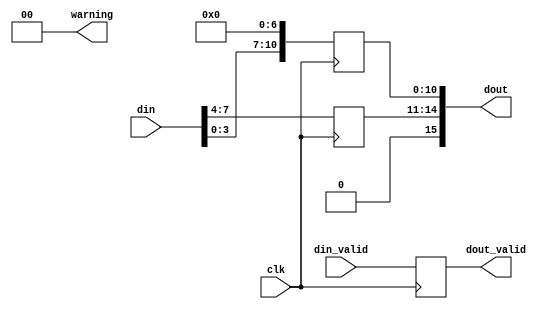
`default_nettype none

module unsign_cast #(
    parameter DIN_WIDTH = 8,
    parameter DIN_POINT = 4,
    parameter DOUT_WIDTH = 16, 
    parameter DOUT_POINT = 11,
    parameter OVERFLOW_WARNING = 0
) (
    input wire clk, 
    input wire [DIN_WIDTH-1:0] din,
    input wire din_valid,
    output wire [DOUT_WIDTH-1:0] dout,
    output wire dout_valid,
    output wire [1:0] warning
);
localparam DIN_INT = DIN_WIDTH-DIN_POINT;
localparam DOUT_INT = DOUT_WIDTH-DOUT_POINT;

initial begin
    $display("Conveting %d,%d to %d,%d ", DIN_WIDTH, DIN_POINT, DOUT_WIDTH, DOUT_POINT);
    //$display("Overflow warning %d", OVERFLOW_WARNING);
end


//integer part
reg [DOUT_INT-1:0] dout_int=0;
reg [1:0] warning_r=0;
generate 
if(DIN_INT==DOUT_INT)begin
    always@(posedge clk)begin
        dout_int <= din[DIN_WIDTH-1-:DIN_INT];
    end
end
else if(DIN_INT>DOUT_INT)begin
    always@(posedge clk)begin
        if( (|din[DIN_WIDTH-1-:(DIN_INT-DOUT_INT+1)]))begin
            //check overflow, review the condition..
            dout_int <= {(DOUT_INT){1'b1}};
            if(OVERFLOW_WARNING)
                warning_r <=1;
        end
        else begin
            dout_int <= din[DIN_POINT+:DOUT_INT];
            if(OVERFLOW_WARNING)
                warning_r <= 0;
        end
    end
end
else begin
    always@(posedge clk)begin
        dout_int <= {{(DOUT_INT-DIN_INT){1'b0}}, din[DIN_POINT+:DIN_INT]};
    end
end


endgenerate

//fractional part

reg [DOUT_POINT-1:0] dout_frac=0;
generate
    if(DOUT_POINT<=DIN_POINT)begin
        //discard the lsb that we cant represent by dout
        always@(posedge clk)begin
            dout_frac <= din[DIN_POINT-1-:DOUT_POINT];
        end
    end
    else begin
        //fill the spaces with zeros
        localparam FRAC_FILL = DOUT_POINT-DIN_POINT;
        always@(posedge clk)begin
            dout_frac <= {din[DIN_POINT-1-:DIN_POINT], {(FRAC_FILL){1'b0}}};
        end
    end
endgenerate

assign dout = {dout_int, dout_frac};

reg valid_out=0;
assign dout_valid = valid_out;
always@(posedge clk)
    valid_out <= din_valid;

assign warning = warning_r;

endmodule